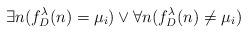
LaTeX: \begin{align*}\exists n (f_D^\lambda(n)=\mu_i) \vee \forall n (f_D^\lambda(n) \neq \mu_i)\end{align*}